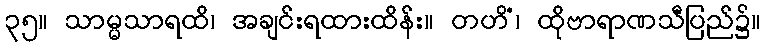
၃၅။ သာမ္မသာရထိ၊ အချင်းရထားထိန်း။ တဟိံ၊ ထိုဗာရာဏသီပြည်၌။